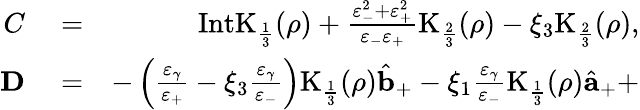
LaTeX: \begin{array}{rlr}{C}&{{}=}&{\mathrm{IntK}_{\frac{1}{3}}(\rho)+\frac{\varepsilon_{-}^{2}+\varepsilon_{+}^{2}}{\varepsilon_{-}\varepsilon_{+}}\mathrm{K}_{\frac{2}{3}}(\rho)-\xi_{3}\mathrm{K}_{\frac{2}{3}}(\rho),}\\ {{\mathbf D}}&{{}=}&{-\left(\frac{\varepsilon_{\gamma}}{\varepsilon_{+}}-\xi_{3}\frac{\varepsilon_{\gamma}}{\varepsilon_{-}}\right)\mathrm{K}_{\frac{1}{3}}(\rho)\hat{{\mathbf b}}_{+}-\xi_{1}\frac{\varepsilon_{\gamma}}{\varepsilon_{-}}\mathrm{K}_{\frac{1}{3}}(\rho)\hat{{\mathbf a}}_{+}+}\end{array}